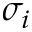
\sigma _ { i }